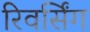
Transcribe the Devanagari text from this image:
रिवर्सिंग